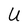
Character: U